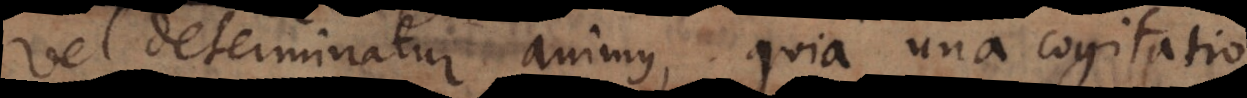
vel determinatur animus, quia una cogitatio